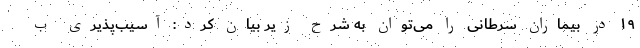
۱۹ در بیماران سرطانی را می‌توان به شرح زیر بیان کرد: آسیب‌پذیری ب